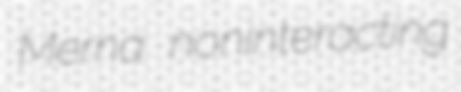
Merna noninteracting